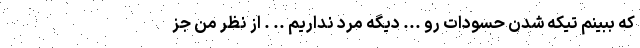
که ببینم تیکه شدن حسودات رو ... دیگه مرد نداریم .. . از نظر من جز